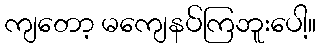
ကျတော့ မကျေနပ်ကြဘူးပေါ့။